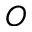
O